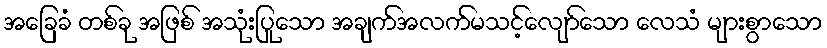
အခြေခံ တစ်ခု အဖြစ် အသုံးပြုသော အချက်အလက်မသင့်လျော်သော လေသံ များစွာသော